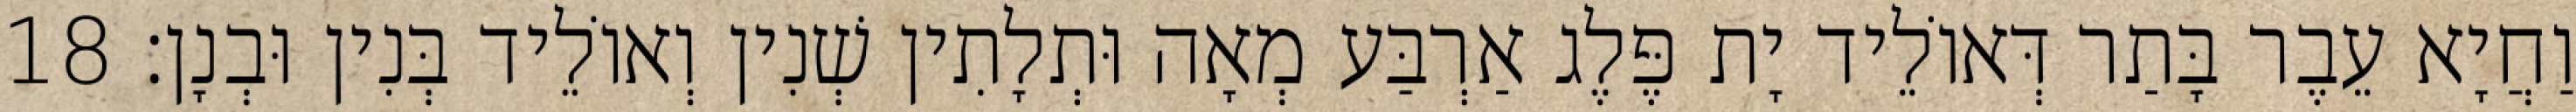
וַחֲיָא עֵבֶר בָּתַר דְּאוֹלֵיד יָת פֶּלֶג אַרְבַּע מְאָה וּתְלָתִין שְׁנִין וְאוֹלֵיד בְּנִין וּבְנָן׃ 18